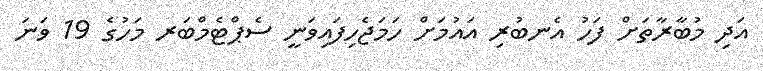
އަދި މުބާރާތަށް ފަހު އެނބުރި އައުމަށް ހަމަޖެހިފައިވަނީ ސެޕްޓެމްބަރ މަހުގެ 19 ވަނަ